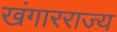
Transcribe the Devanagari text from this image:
खंगारराज्य